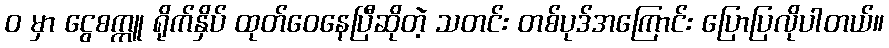
၀ မှာ ငွေစက္ကူ ရိုက်နှိပ် ထုတ်ဝေနေပြီဆိုတဲ့ သတင်း တစ်ပုဒ်အကြောင်း ပြောပြလိုပါတယ်။